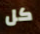
كل